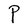
Character: P